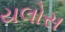
યલોસ